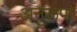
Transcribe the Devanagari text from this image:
अनुरूपा